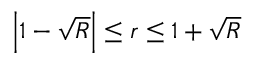
\left| 1 - \sqrt { R } \right| \leq r \leq 1 + \sqrt { R }